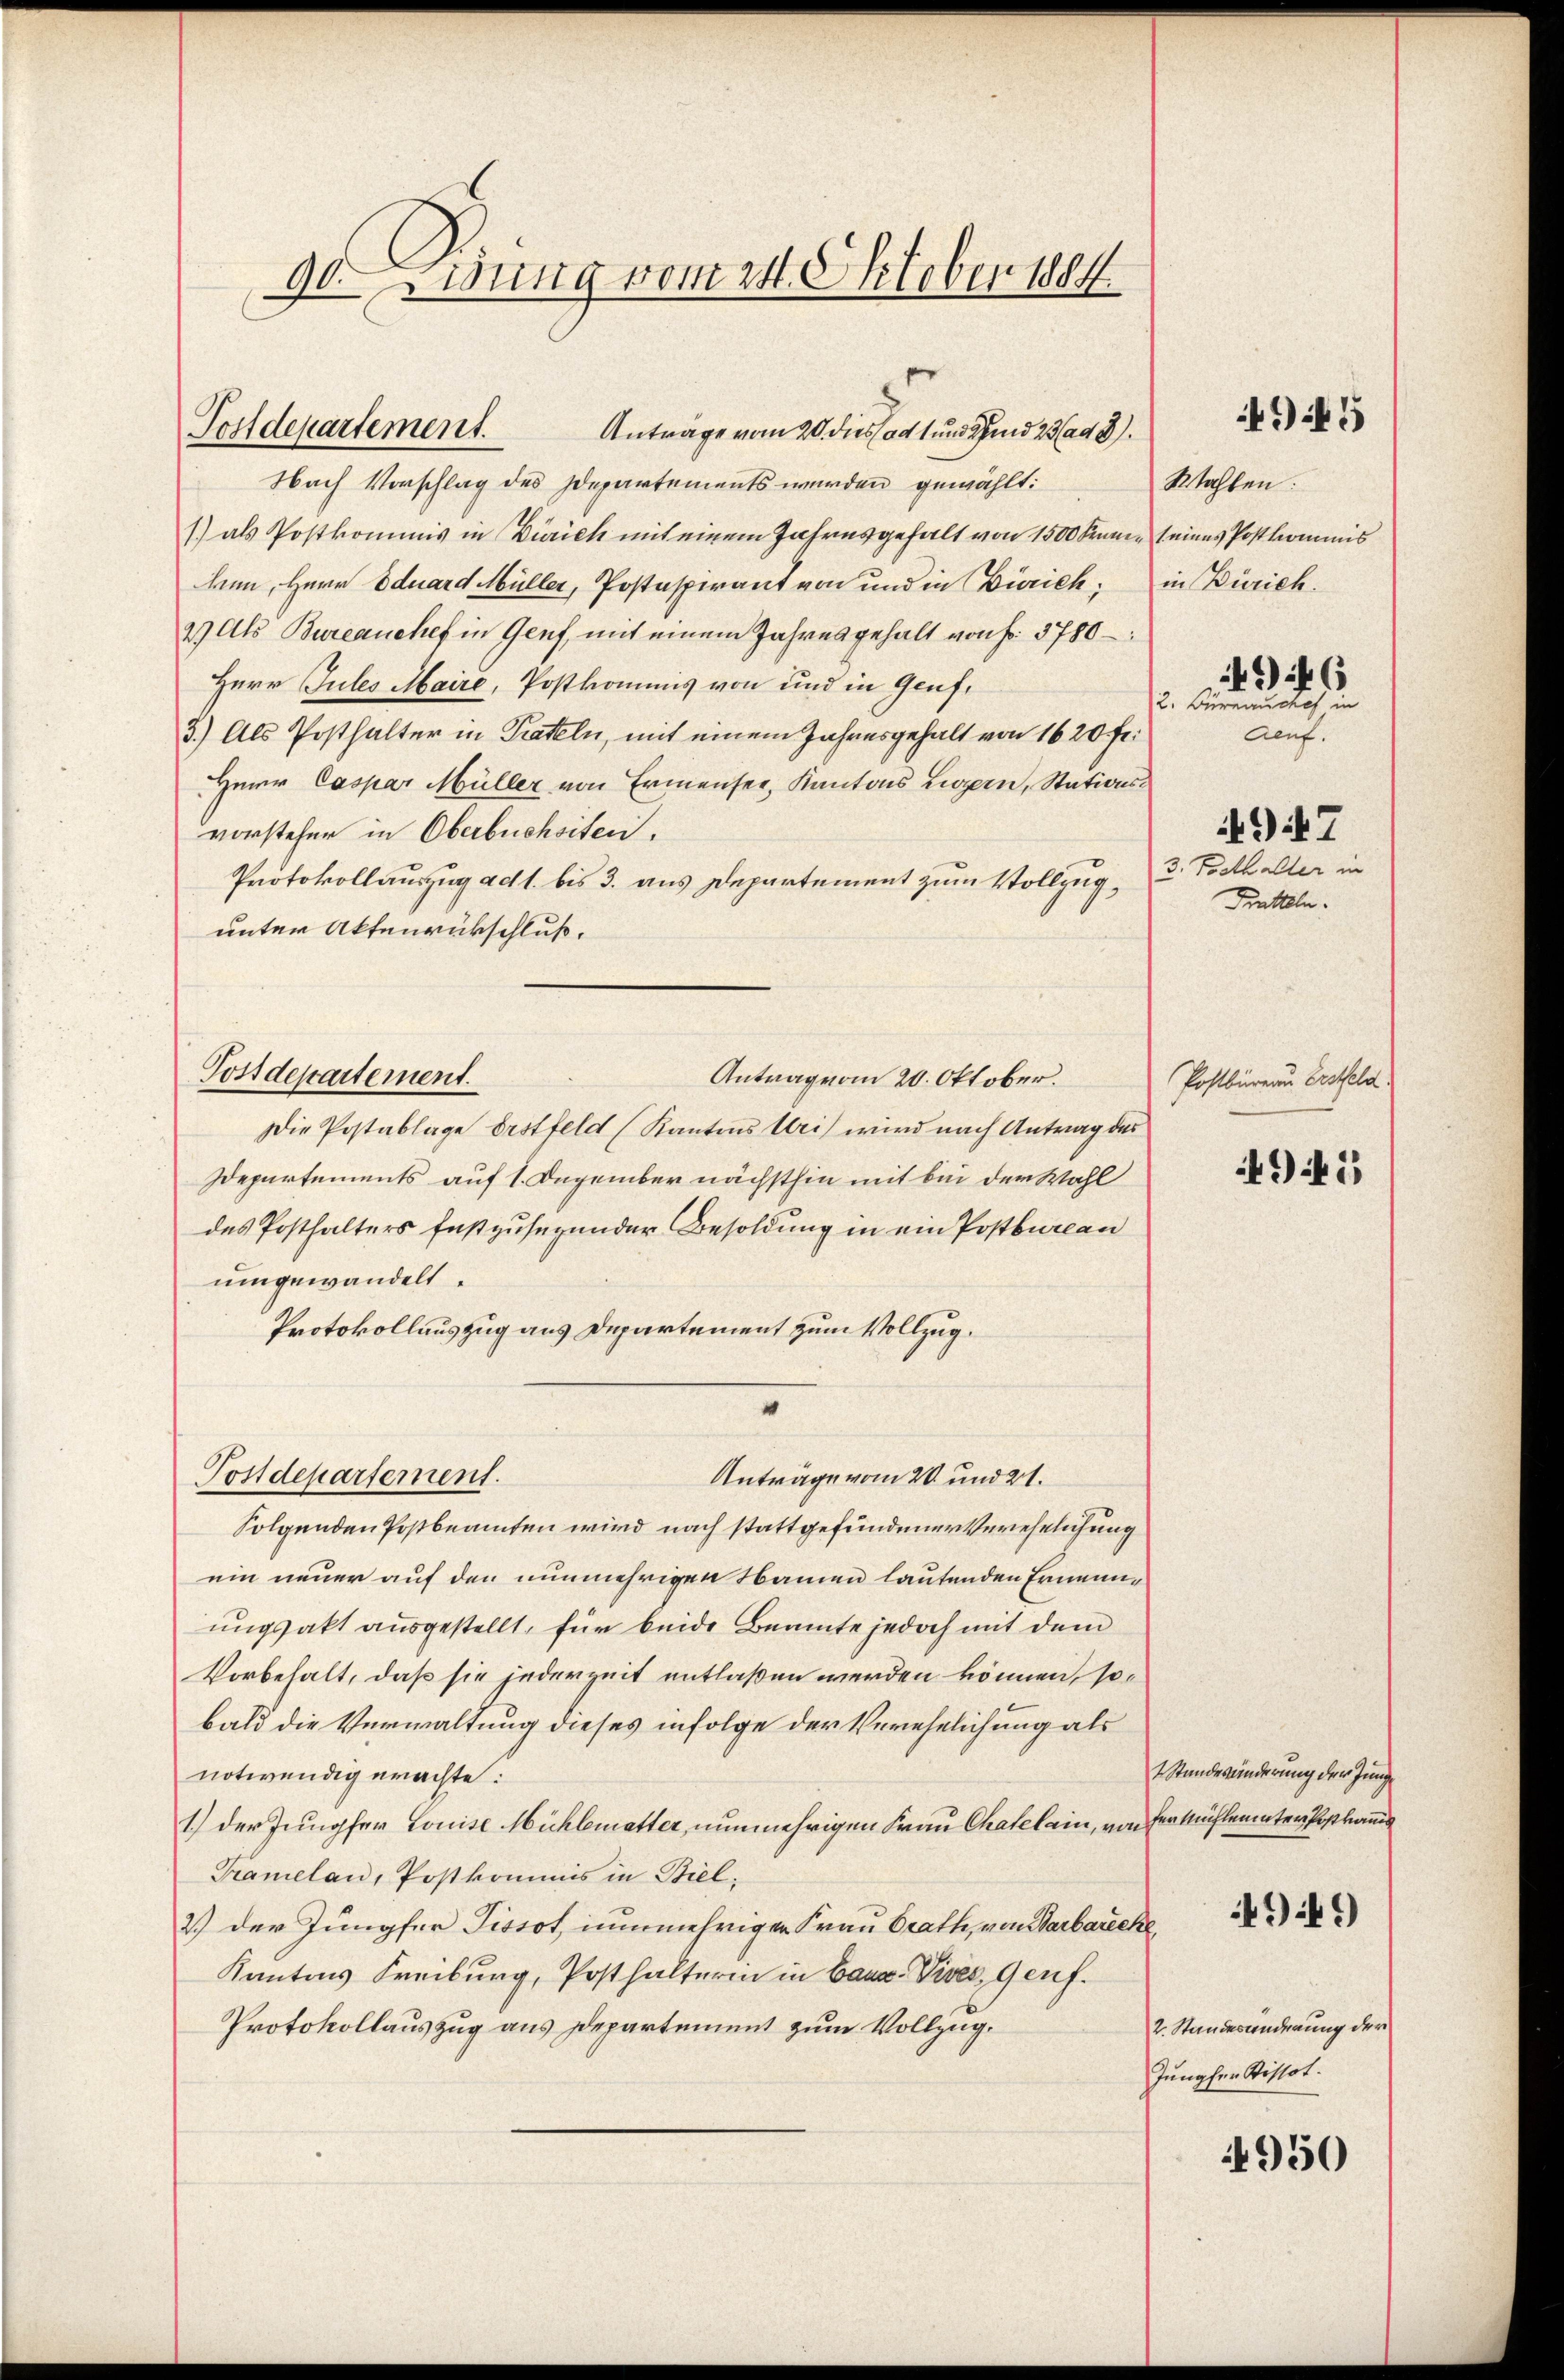
90iung vom 24. Oktober 1884

Postdepartement. Anträge vom 20. dies ad 1 und und 23. ad 8.

Nach Vorschlag des Departements werden gewählt:
1) als Postkommis in Zürich mit einem Jahresgefalt von 1500 Franz seines Postkommis
ken, Herr Eduard Müller, Postaspirant von und in Zürich; in Zürich.
2) Als Bureauchef in Genf, mit einem Jahresgehalt von Fr. 3780–
Herr Jules Maire, Postkommis von und in Genf,
3.) Als Posthalter in Prateln, mit einem Jahresgehalt von 1620 fr.
Heer Caspar Müller von Ermensee, Kantons Liegern, Stationsvorsteher in Oberbuchsiten.
Protokollauszug ad 1. bis 3. aus Departement zum Vollzug, u. Trethalter in
unter Aktenrückschluß.
Antrag vom 20. Oktober.
Die Postablage Erstfeld (Kantons Weis wird nach Antrag des
Departements auf 1. Dezember nächsthin mit bei der Wahl
des Posthalters festzusegender Besoldung in ein Postbureau
umgewandelt.
Protokollauszug aus Departement zum Vollzug.
e
Postdepartement.
Anträge vom 20. und 21.
Folgenden Postbeamten wird nach stattgefundener Verehelichung
ein neuer auf den nunmehrigen Namen lautenden Ernennungsakt ausgestellt, für beide Beamte jedoch mit dem
Vorbehalt, daß sie jederzeit entlaßen werden können, sobald die Verwaltung dieses infolge der Verehelichung als
notwendig erachte:
1.) Der Jungfer Louise Mühlematter, nunmehrigen Frau Chatel ein, von der Mühlerinter Postkommis
Tramelau, Postkommis in Biel,
2.) Der Jungfer Tissot, nunmehriger Frau Crath, von Barbarecke,
Kantons Freiburg, Posthalterin in Banz. Vises, Genf.
Protokollauszug aus Departement zum Vollzug.

Postdepartement.

49 f 5

Wahlen.
496
2. Büreinshof, in
Aeuf.

Tratteln.

497

Postbüreau Erstfeld.

494)

Standesünderung der Junge

4949)

2. Standesänderung der
Jungfer Sistot.

950